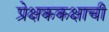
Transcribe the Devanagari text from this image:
प्रेक्षककक्षाची